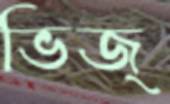
ভিজ্